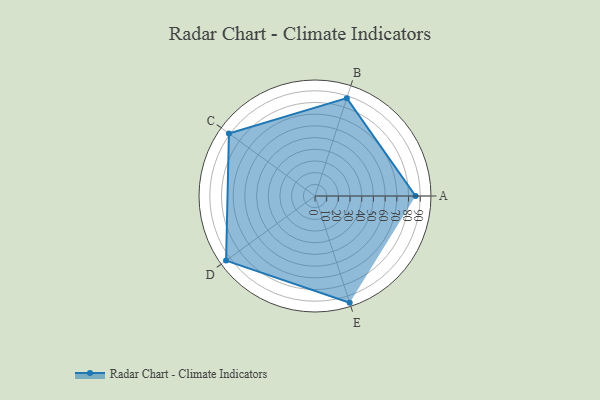
{"axis": {"x": "Skill", "y": "Score"}, "legend": ["Profile"], "data": [{"x": "A", "y": 86.0, "type": "Profile"}, {"x": "B", "y": 88.0, "type": "Profile"}, {"x": "C", "y": 91.0, "type": "Profile"}, {"x": "D", "y": 94.0, "type": "Profile"}, {"x": "E", "y": 96.0, "type": "Profile"}]}